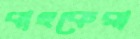
বাহকেরা